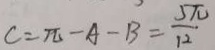
c = \pi - A - B = \frac { 5 \pi } { 1 2 }